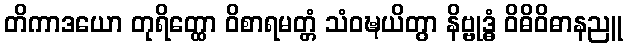
တိကာဒယော တုရိတ္ထော ဝိစာရမတ္တံ သံဝဍ္ဎယိတွာ နိဗ္ဗုဒ္ဓံ ဝိဓိဝိဓာနညူ